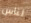
لناس